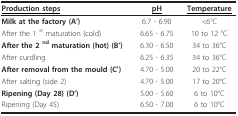
<table><thead><tr><td><b><underline>Production steps</underline></b></td><td><b><underline>pH</underline></b></td><td><b><underline>Temperature</underline></b></td></tr></thead><tbody><tr><td><b>Milk at the factory (A&#x27;)</b></td><td>6.7 - 6.90</td><td>&lt;6°C</td></tr><tr><td>After the 1 <sup>st </sup>maturation (cold)</td><td>6.65 - 6.75</td><td>10 to 12 °C</td></tr><tr><td><b>After the 2 </b><sup><b>nd </b></sup><b>maturation (hot) (B&#x27;)</b></td><td>6.30 - 6.50</td><td>34 to 36°C</td></tr><tr><td>After curdling</td><td>6.25 - 6.35</td><td>34 to 36°C</td></tr><tr><td><b>After removal from the mould (C&#x27;)</b></td><td>4.70 - 5.00</td><td>20 to 22°C</td></tr><tr><td>After salting (side 2)</td><td>4.70 - 5.00</td><td>17 to 20°C</td></tr><tr><td><b>Ripening (Day 28) (D&#x27;)</b></td><td>5.00 - 5.60</td><td>6 to 10°C</td></tr><tr><td>Ripening (Day 45)</td><td>6.50 - 7.00</td><td>6 to 10°C</td></tr></tbody></table>